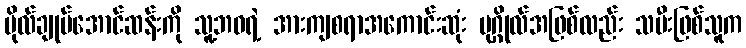
ဗိုလ်ချုပ်အောင်ဆန်းကို သူ့ဘဝရဲ့ အားကျစရာအကောင်းဆုံး ပုဂ္ဂိုလ်အဖြစ်လည်း သမီးဖြစ်သူက